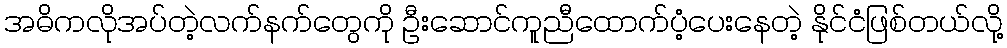
အဓိကလိုအပ်တဲ့လက်နက်တွေကို ဦးဆောင်ကူညီထောက်ပံ့ပေးနေတဲ့ နိုင်ငံဖြစ်တယ်လို့